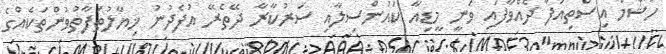
ހުޝާމް އިސްތިއުފާ ދެއްވާފައި ވަނީ މީޑިއާ ކައުންސިލާއި ސަރުކާރާ ދޭތެރޭ އުފެދުނު ޚިޔާލުތަފާތުވުންތަކެއްގެ